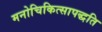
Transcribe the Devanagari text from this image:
मनोचिकित्सापद्धति